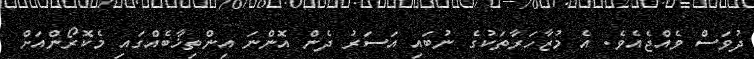
ދުވަސް ވެއްޖެއެވެ. އެ މުޒާހަރާތަކުގެ ނުބައި އަސަރު ދެން އޮންނަ އިންތިޚާބެއްގައި މެކޮރޯންއަށް